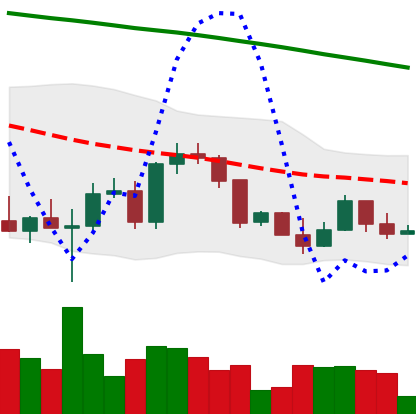
Ticker: ETH-USD
Chart end date: 2022-03-12
Forward return: 9.325%
Label: up_7plus